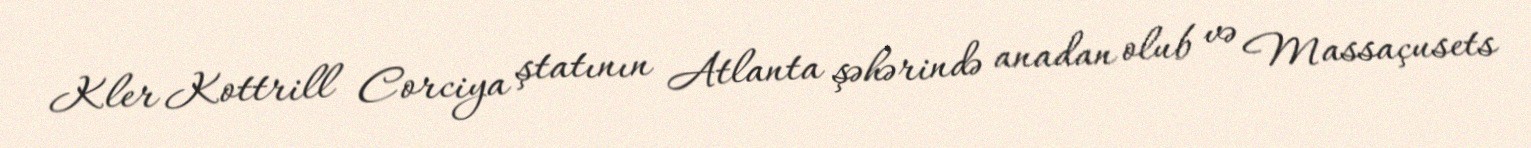
Kler Kottrill Corciya ştatının Atlanta şəhərində anadan olub və Massaçusets